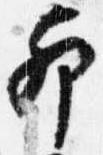
卯